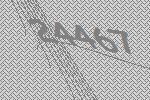
24467